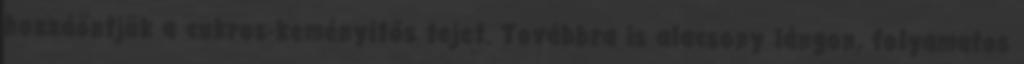
hozzáöntjük a cukros-keményítős tejet. Továbbra is alacsony lángon, folyamatos